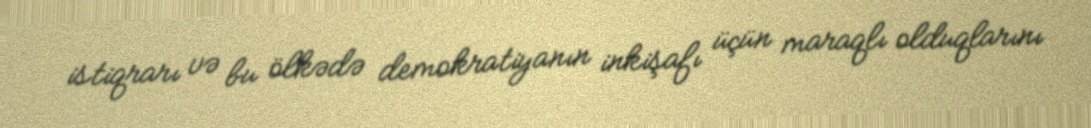
istiqrarı və bu ölkədə demokratiyanın inkişafı üçün maraqlı olduqlarını